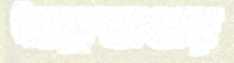
অস্ত্রভাণ্ডার